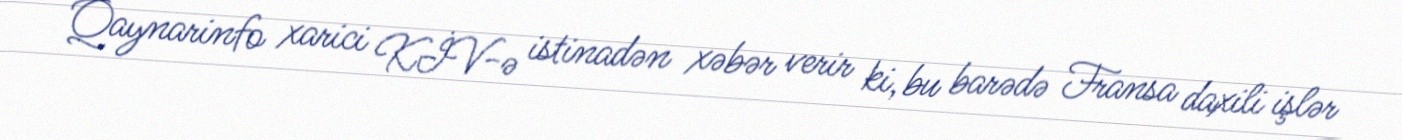
Qaynarinfo xarici KİV-ə istinadən xəbər verir ki, bu barədə Fransa daxili işlər